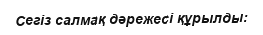
Сегіз салмақ дәрежесі құрылды: